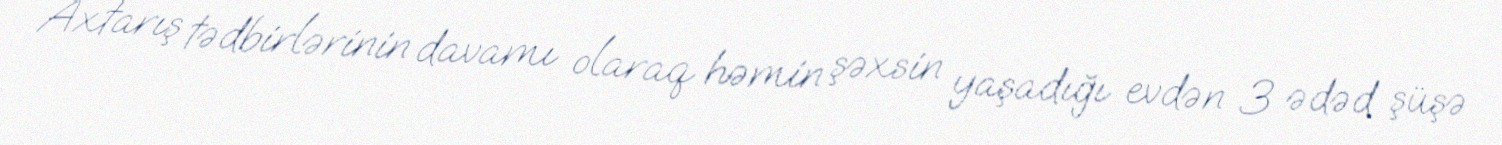
Axtarış tədbirlərinin davamı olaraq həmin şəxsin yaşadığı evdən 3 ədəd şüşə